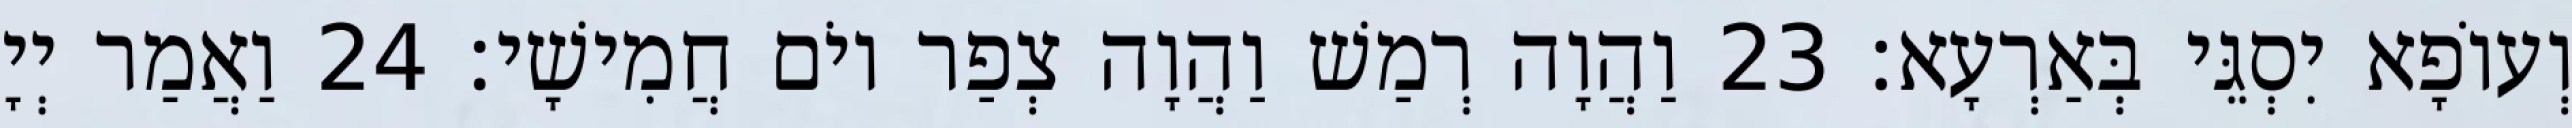
וְעוֹפָא יִסְגֵּי בְּאַרְעָא׃ 23 וַהֲוָה רְמַשׁ וַהֲוָה צְפַר יוֹם חֲמִישָׁי׃ 24 וַאֲמַר יְיָ